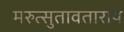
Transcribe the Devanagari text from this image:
मरुत्सुतावताराय